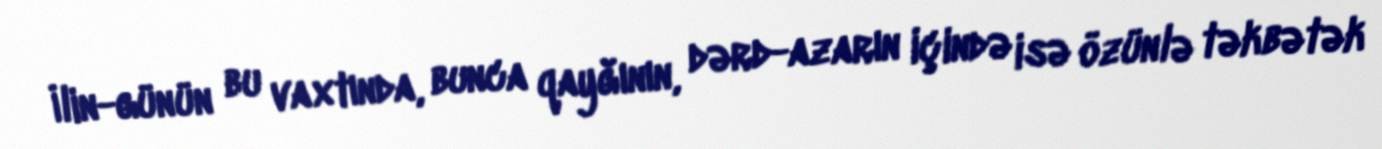
İlin-günün bu vaxtında, bunca qayğının, dərd-azarın içində isə özünlə təkbətək